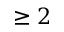
\geq 2